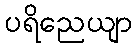
ပရိညေယျာ